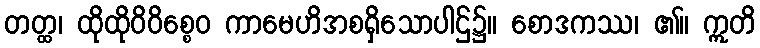
တတ္ထ၊ ထိုထိုဝိဝိစ္စေဝ ကာမေဟိအစရှိသောပါဌ်၌။ စောဒကဿ၊ ၏။ ဣတိ